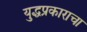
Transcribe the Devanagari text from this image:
युद्धप्रकाराचा